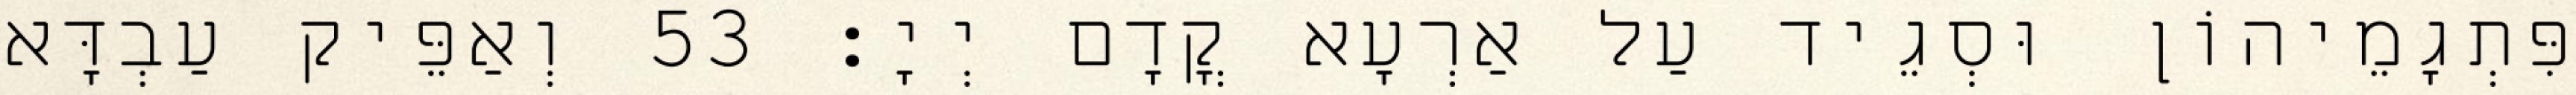
פִּתְגָמֵיהוֹן וּסְגֵיד עַל אַרְעָא קֳדָם יְיָ׃ 53 וְאַפֵּיק עַבְדָּא